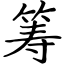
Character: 筹